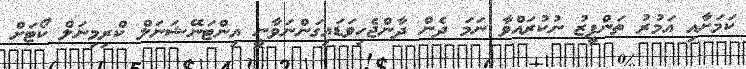
ކަމަށާއި އަމުރު ތަންފީޒު ނުކުރައްވާ ނަމަ ދެން ދާންޖެހިވަޑައިގަންނަވާނީ އިންޓަނޭޝަނަލް ކްރިމިނަލް ކޯޓަށް